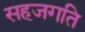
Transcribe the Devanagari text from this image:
सहजगति